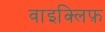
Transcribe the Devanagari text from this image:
वाइक्लिफ़